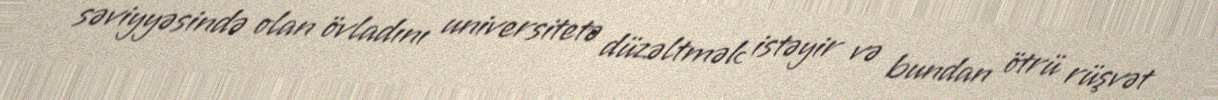
səviyyəsində olan övladını universitetə düzəltmək istəyir və bundan ötrü rüşvət